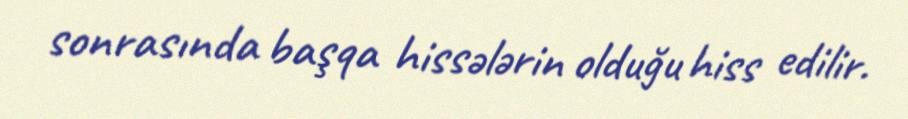
sonrasında başqa hissələrin olduğu hiss edilir.